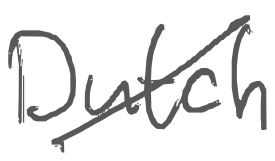
Text: Dutch
Cross-out: diagonal
Writing tool: digital_gray